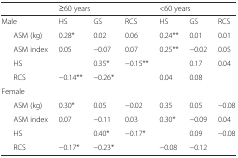
|  | <COLSPAN=3> ≥60 years | <COLSPAN=3> <60 years |
 | --- | --- | --- | --- | --- | --- | --- |
 | Male | HS | GS | RCS | HS | GS | RCS |
 | ASM (kg) | 0.28* | 0.02 | 0.06 | 0.24** | 0.01 | 0.01 |
 | ASM index | 0.05 | −0.07 | 0.07 | 0.25** | −0.02 | 0.05 |
 | HS |  | 0.35* | −0.15** |  | 0.17 | 0.04 |
 | RCS | −0.14** | −0.26* |  | 0.04 | 0.08 |  |
 | Female |  |  |  |  |  |  |
 | ASM (kg) | 0.30* | 0.05 | −0.02 | 0.35 | 0.05 | −0.08 |
 | ASM index | 0.07 | −0.11 | 0.03 | 0.30* | −0.09 | 0.04 |
 | HS |  | 0.40* | −0.17* |  | 0.09 | −0.08 |
 | RCS | −0.17* | −0.23* |  | −0.08 | −0.12 |  |